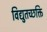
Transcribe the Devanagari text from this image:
विद्युतच्छक्ति